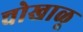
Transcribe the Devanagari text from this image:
चोखाळू